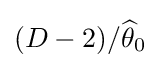
(D-2)/{\widehat {\theta }}_{0}